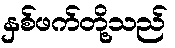
နှစ်ဖက်တို့သည်